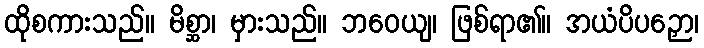
ထိုစကားသည်။ မိစ္ဆာ၊ မှားသည်။ ဘဝေယျ၊ ဖြစ်ရာ၏။ အယံပိပဉှော၊